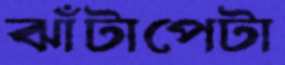
ঝাঁটাপেটা